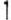
1